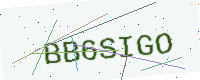
Text: BB6SIGO